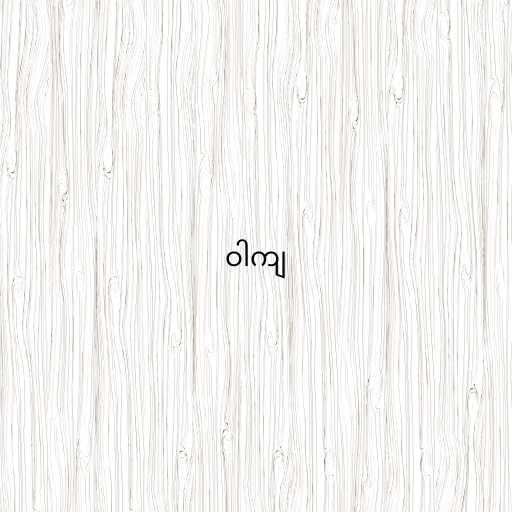
ဝါကျ